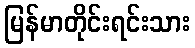
မြန်မာတိုင်းရင်းသား